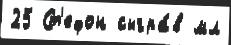
25 Ст'ефон сыгра́в мл